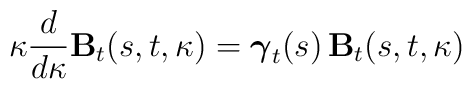
\kappa\frac{d}{d\kappa} {\mathbf B}_{t}(s,t,\kappa) =\mbox{\boldmath $\gamma$}_t(s) \, {\mathbf B}_{t}(s,t,\kappa)